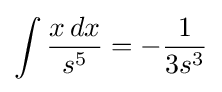
\int {\frac {x\,dx}{s^{5}}}=-{\frac {1}{3s^{3}}}